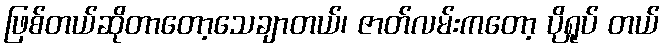
ဖြစ်တယ်ဆိုတာတော့သေချာတယ်၊ ဇာတ်လမ်းကတော့ ပိုရှုပ် တယ်